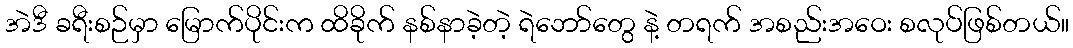
အဲဒီ ခရီးစဉ်မှာ မြောက်ပိုင်းက ထိခိုက် နစ်နာခဲ့တဲ့ ရဲဘော်တွေ နဲ့ တရက် အစည်းအဝေး စလုပ်ဖြစ်တယ်။